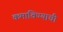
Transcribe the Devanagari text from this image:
कमाविण्याची